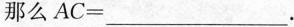
那么AC=___。